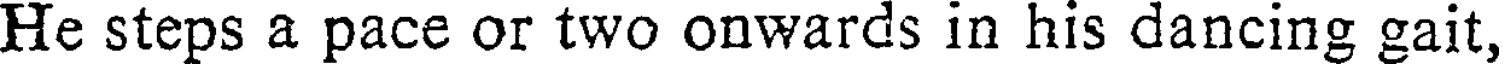
He steps a pace or two onwards in his dancing gait,